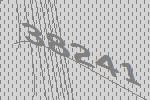
38241